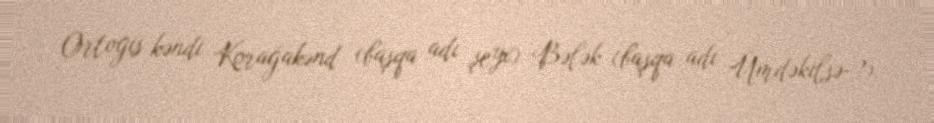
Ortogis kəndi Korağakənd (başqa adı şeyx) Bələk (başqa adı Ümdəkilsə-?).